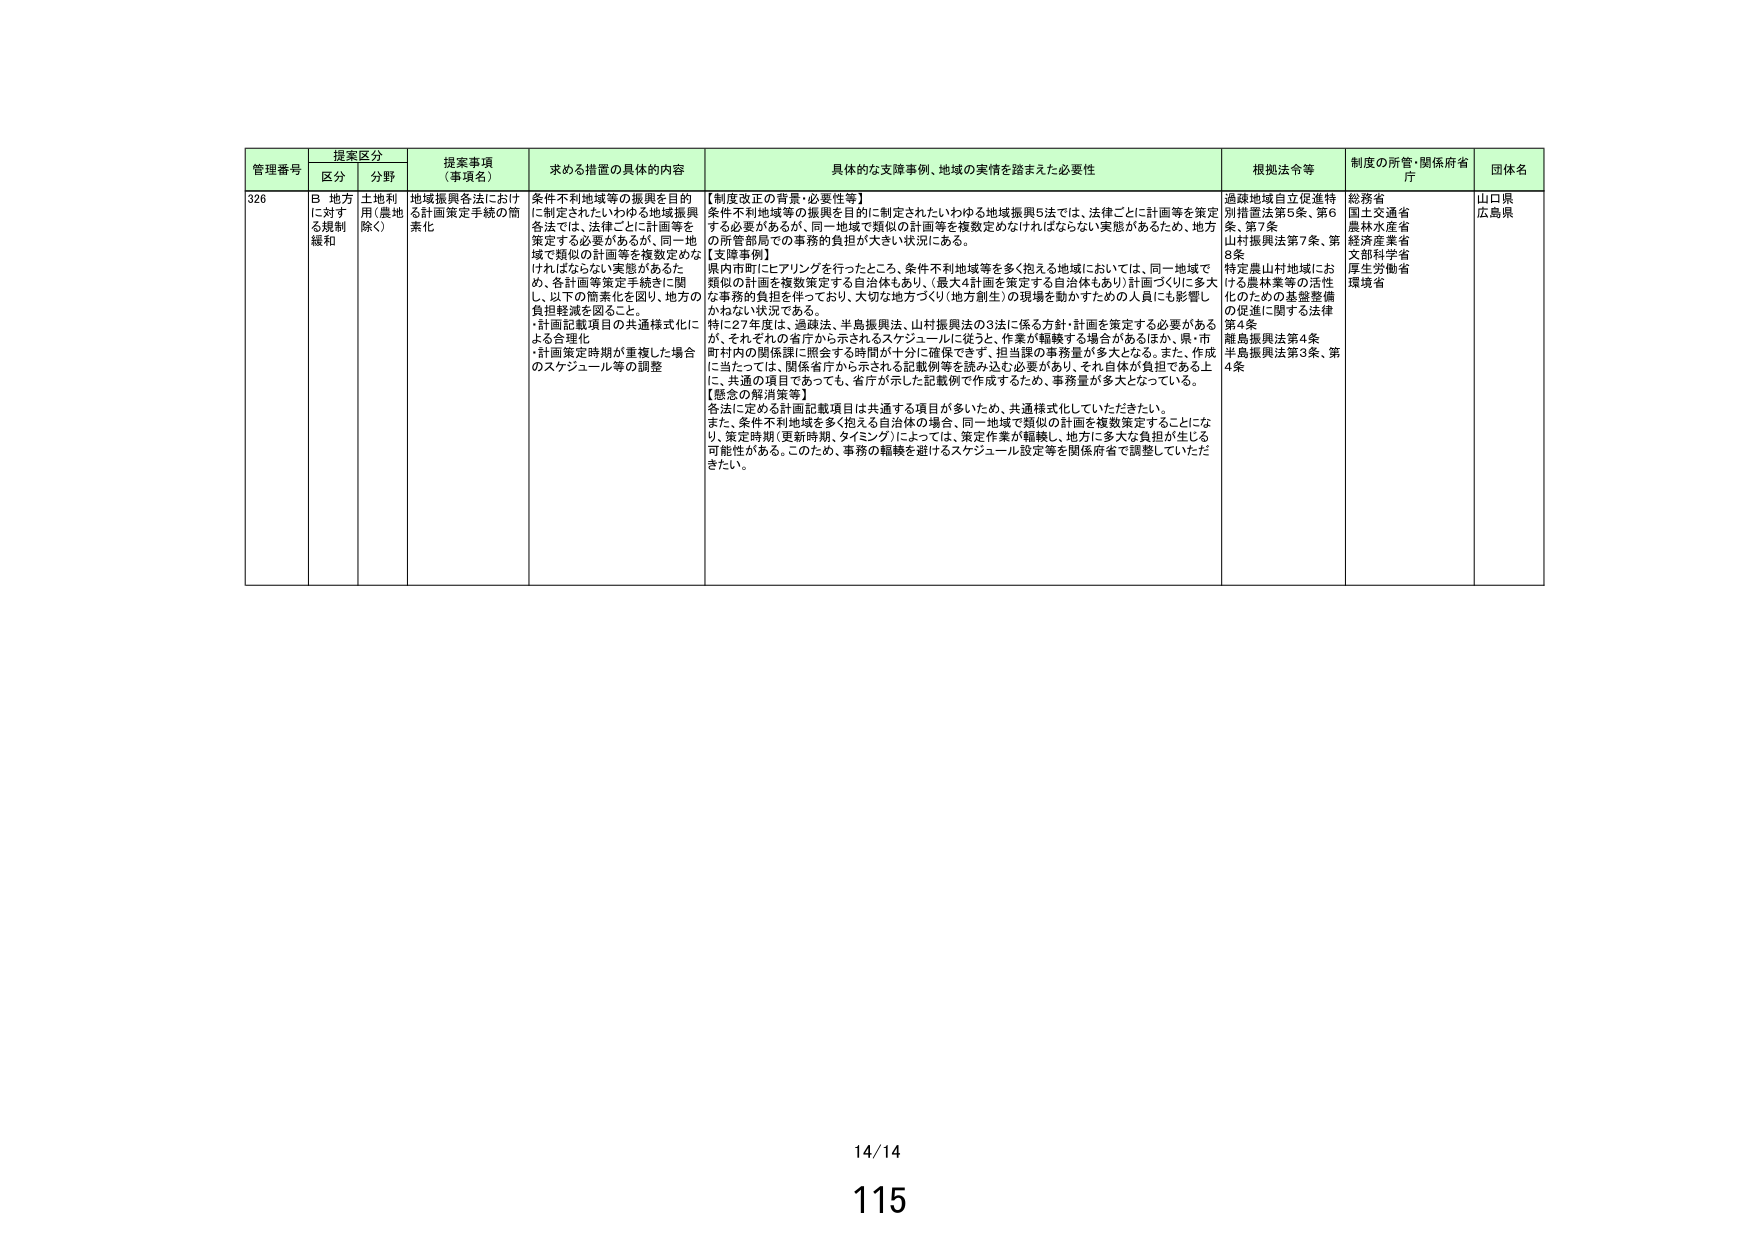
管理番号 提案区分 提案事項（事項名） 求める措置の具体的内容 具体的な支援事例、地域の実情を踏まえた必要性 根拠法令等 制度の所管・関係府省庁 団体名
区分 分野
326 B 地方に対する規制緩和 土地利用（農地除く） 地域振興各法における計画策定手続の簡素化 条件不利地域等の振興を目的に制定されたいわゆる地域振興各法では、法律ごとに計画等を策定する必要があるが、同一地域で類似の計画等を複数定めなければならない実態があるため、各計画等策定手続きに関し、以下の簡素化を図り、地方の負担軽減を図ること。
・計画記載項目の共通様式化による合理化
・計画策定時期が重複した場合のスケジュール等の調整 【制度改正の背景・必要性等】
条件不利地域等の振興を目的に制定されたいわゆる地域振興5法では、法律ごとに計画等を策定する必要があるが、同一地域で類似の計画等を複数定めなければならない実態があるため、地方の所管部局での事務的負担が大きい状況にある。
【支援事例】
県内市町にヒアリングを行ったところ、条件不利地域等を多く抱える地域においては、同一地域で類似の計画を複数策定する自治体もあり、（最大4計画を策定する自治体もあり）計画づくりに多大な事務的負担を伴っており、大切な地方づくり（地方創生）の現場を動かすための人員にも影響しかねない状況である。
特に27年度は、過疎法、半島振興法、山村振興法の3法に係る方針・計画を策定する必要があるが、それぞれの省庁から示されるスケジュールに従うと、作業が軽疎する場合があるほか、県・市町村内の関係課に照会する時間が十分に確保できず、担当課の事務量が多大となる。また、作成に当たっては、関係省庁から示される記載例等を読み込む必要があり、それ自体が負担である上に、共通の項目であっても、省庁が示した記載例で作成するため、事務量が多大となっている。
【懸念の解消策等】
各法に定める計画記載項目は共通する項目が多いため、共通様式化していただきたい。
また、条件不利地域を多く抱える自治体の場合は、同一地域で類似の計画を複数策定することになり、策定時期（更新時期、タイミング）によっては、策定作業が軽疎し、地方に多大な負担が生じる可能性がある。このため、事務の軽減を避けるスケジュール設定等を関係府省で調整していただきたい。 過疎地域自立促進特別措置法第5条、第6条、第7条
山村振興法第7条、第8条
特定農山村地域における農林業等の活性化のための基盤整備の促進に関する法律第4条
離島振興法第4条
半島振興法第3条、第4条 総務省
国土交通省
農林水産省
経済産業省
文部科学省
厚生労働省
環境省 山口県
広島県
14/14
115